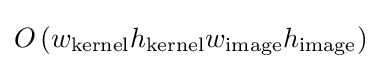
O\left(w_{\text{kernel}}h_{\text{kernel}}w_{\text}h_{\text}\right)